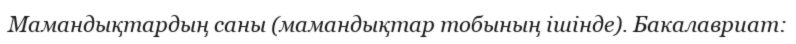
Мамандықтардың саны (мамандықтар тобының ішінде). Бакалавриат: